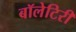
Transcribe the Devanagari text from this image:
बॉलेटिरी